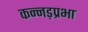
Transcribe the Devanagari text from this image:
कन्नड़प्रभा